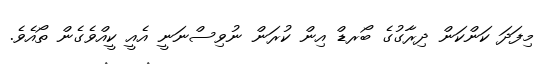
މިފަދަ ކަންކަން ދިރާގުގެ ބޯރޑް އިން ކުރަން ނުވިސްނަނީ އެއީ ކީއްވެގެން ތޯއެވެ.